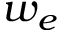
w _ { e }